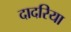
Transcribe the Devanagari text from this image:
दादरिया